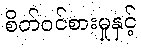
စိတ်ဝင်စားမှုနှင့်